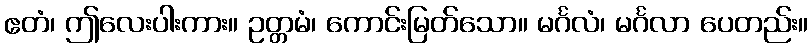
ဧတံ၊ ဤလေးပါးကား။ ဥတ္တမံ၊ ကောင်းမြတ်သော။ မင်္ဂလံ၊ မင်္ဂလာ ပေတည်း။